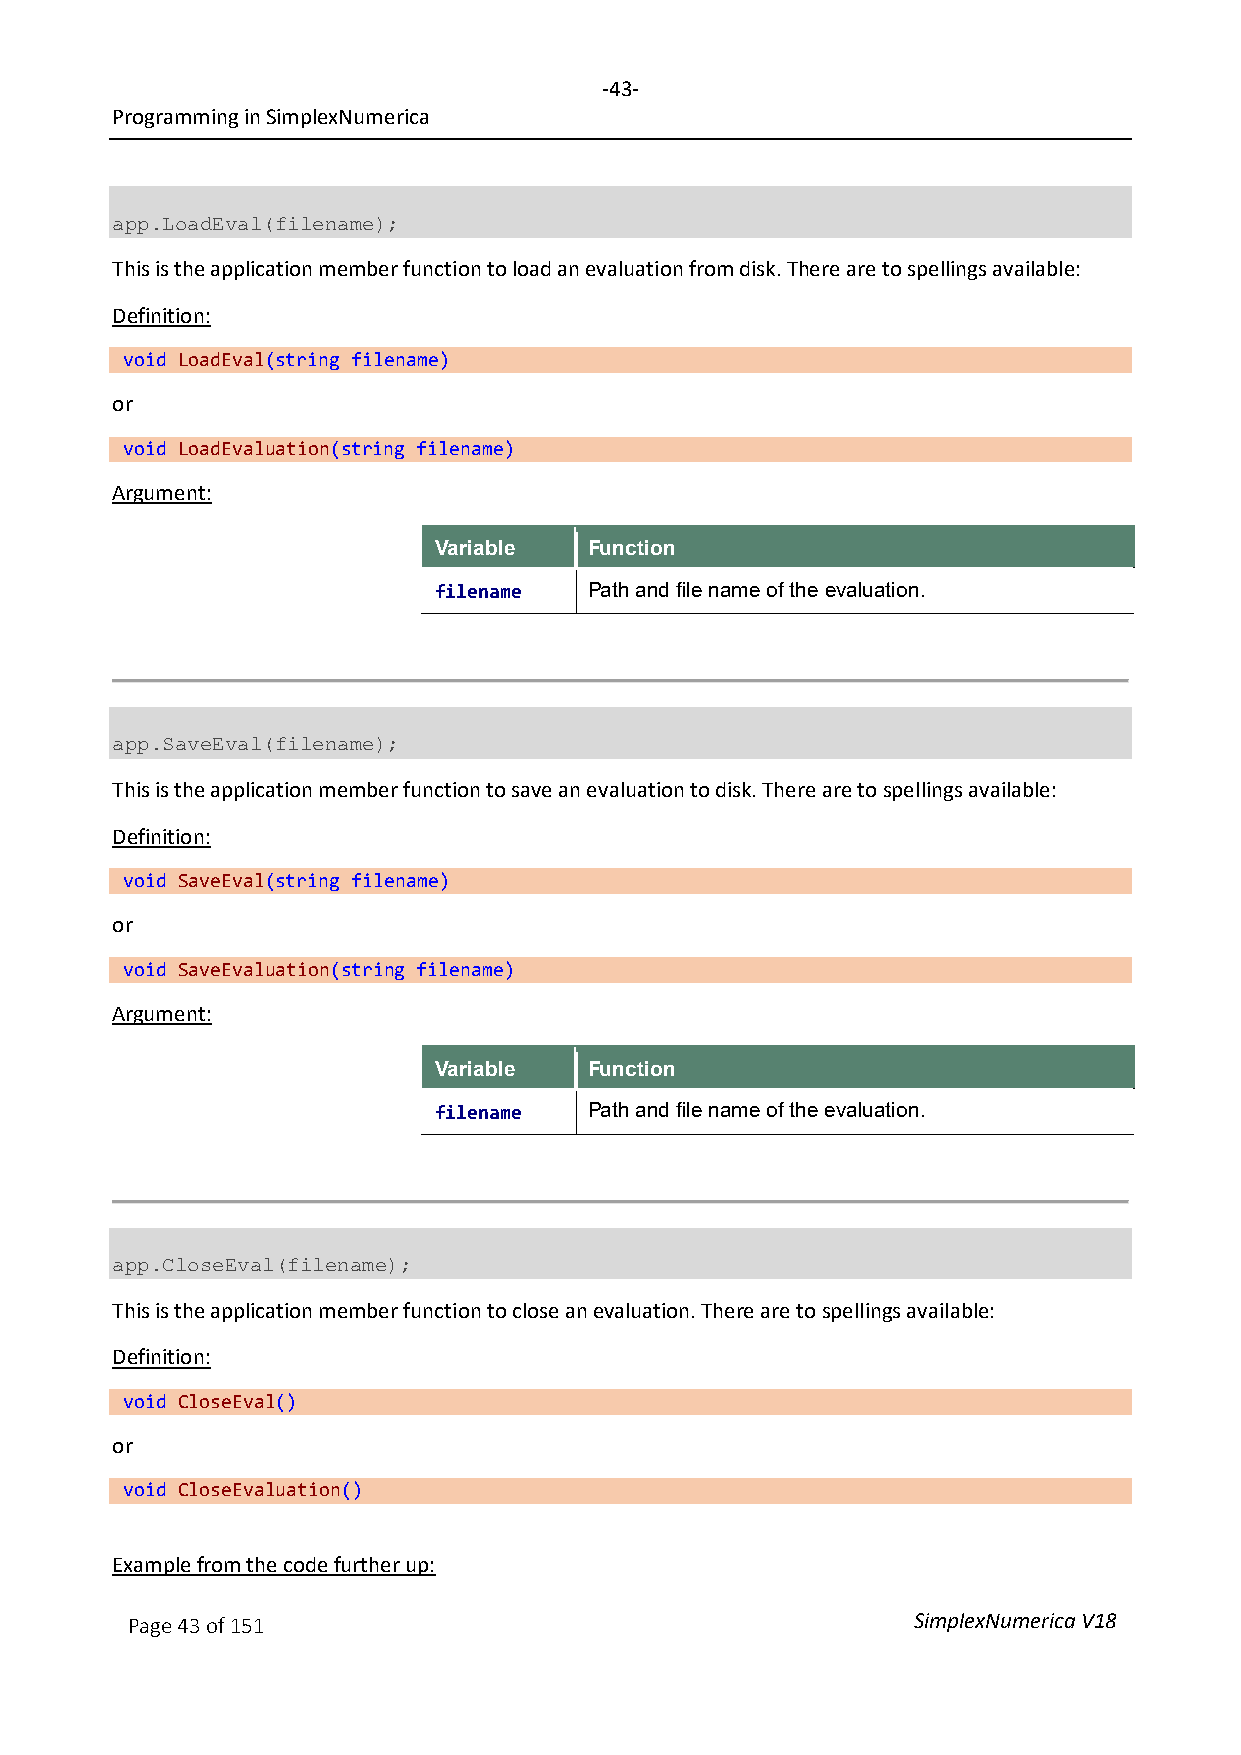
-43-
 Programming in SimplexNumerica
 app.LoadEval(filename);
 This is the application member function to load an evaluation from disk. There are to spellings available:
 Definition:
 void LoadEval(string filename)
 or
 void LoadEvaluation(string filename)
 Argument:
 Variable  Function
 filename  Path and file name of the evaluation.
 app.SaveEval(filename);
 This is the application member function to save an evaluation to disk. There are to spellings available:
 Definition:
 void SaveEval(string filename)
 or
 void SaveEvaluation(string filename)
 Argument:
 Variable  Function
 filename  Path and file name of the evaluation.
 app.CloseEval(filename);
 This is the application member function to close an evaluation. There are to spellings available:
 Definition:
 void CloseEval()
 or
 void CloseEvaluation()
 Example from the code further up:
 Page 43 of 151                                      SimplexNumerica V18